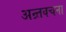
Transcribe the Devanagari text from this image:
अन्र्तवचना